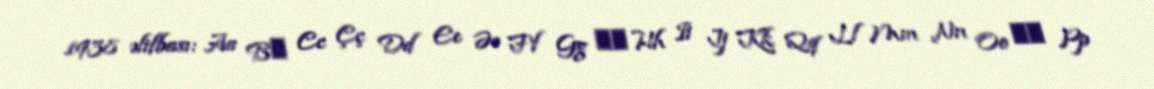
1938 əlifbası: Aa Bʙ Cc Çç Dd Ee Əə Ff Gg Ƣƣ Hh Ii Jj Kk Qq Ll Mm Nn Oo Ɵɵ Pp